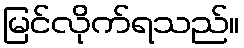
မြင်လိုက်ရသည်။